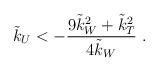
LaTeX: \begin{align*}\tilde{k}_U < - \frac{9\tilde{k}_W^2+\tilde{k}_T^2}{4\tilde{k}_W}~.\end{align*}